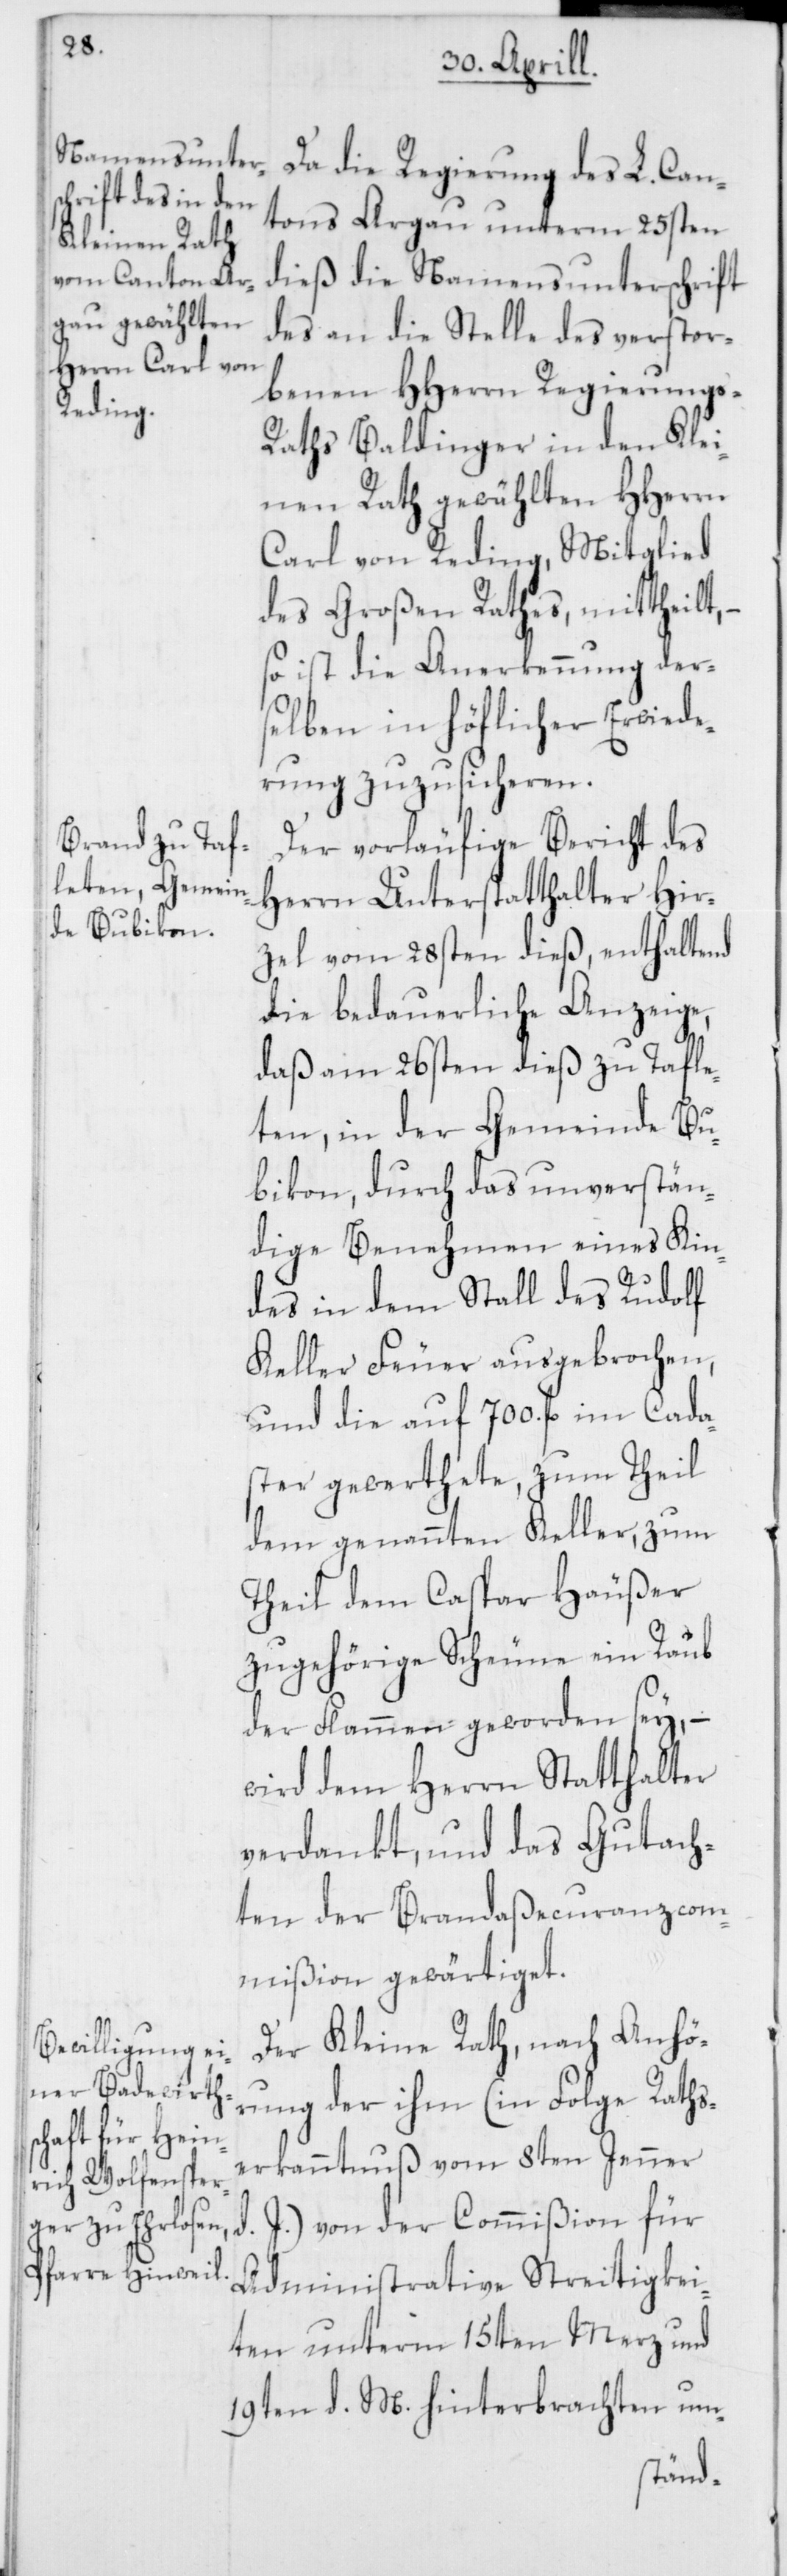
Da die Regierung des L. Can¬
tons Argau unterm 25sten
dieß die Namensunterschrift
des an die Stelle des verstor¬
benen HHerrn Regierungs-R¬
aths Baldinger in den Klei¬
nen Rath gewählten HHerrn
Carl von Reding, Mitglied
des Großen Rathes, mittheilt,
so ist die Anerkennung der¬
selben in höflicher Erwide¬
rung zuzusicheren.
Der vorläufige Bericht des
Herrn Unterstatthalter Hir¬
zel vom 28sten dieß, enthaltend
die bedauerliche Anzeige,
daß am 26sten dieß zu Tafle¬
ten in der Gemeinde Bu¬
bikon, durch das unverstän¬
dige Benehmen eines Kin¬
des in dem Stall des Rudolf
Keller Feuer ausgebrochen,
und die auf 700. fl. im Cada¬
ster gewerthete, zum Theil
dem genannten Keller, zum
Theil dem Caspar Häußer
zugehörige Scheune ein Raub
der Flammen geworden sey, –
wird dem Herrn Statthalter
verdankt, und das Gutach¬
ten der Brandaßecuranzcom¬
mißion gewärtiget.
Der Kleine Rath, nach Anhö¬
rung der ihm (in Folge Raths¬
erkanntnus vom 8ten Jenner
J.) von der Commißion für
Administrative Streitigkei¬
ten unterm 15ten Merz und
19ten d. M. hinterbrachten um-